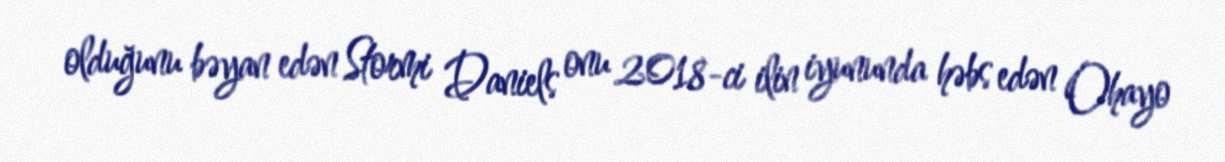
olduğunu bəyan edən Stormi Daniels onu 2018-ci ilin iyununda həbs edən Ohayo